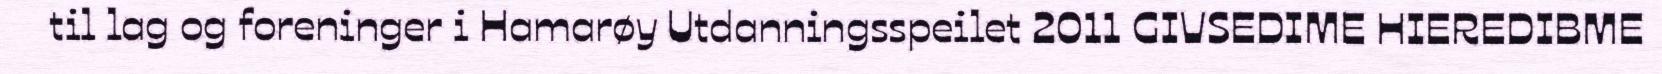
til lag og foreninger i Hamarøy Utdanningsspeilet 2011 GIVSEDIME HIEREDIBME